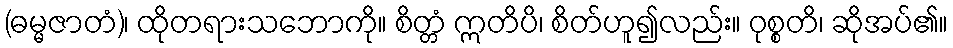
(ဓမ္မဇာတံ)၊ ထိုတရားသဘောကို။ စိတ္တံ ဣတိပိ၊ စိတ်ဟူ၍လည်း။ ဝုစ္စတိ၊ ဆိုအပ်၏။